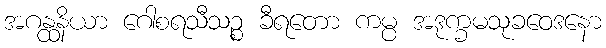
အဂန္ထနိယာ ဂေါစရသီသဉ္စ ခီရတော ကမ္ပ အဒုက္ခမသုခဝေဒနော